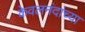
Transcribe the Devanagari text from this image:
केवलनंदांच्या